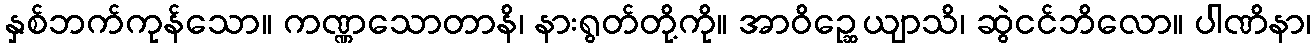
နှစ်ဘက်ကုန်သော။ ကဏ္ဏသောတာနိ၊ နားရွတ်တို့ကို။ အာဝိဉ္ဆေယျာသိ၊ ဆွဲငင်ဘိလော။ ပါဏိနာ၊